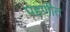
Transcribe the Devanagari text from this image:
पहणीत